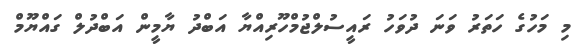
މި މަހުގެ ހަތަރު ވަނަ ދުވަހު ރައީސުލްޖުމްހޫރިއްޔާ އަބްދު ޔާމީން އަބްދުލް ގައްޔޫމް